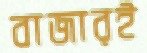
বাজারই